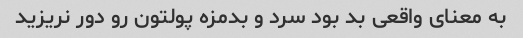
به معنای واقعی بد بود سرد و بدمزه پولتون رو دور نریزید